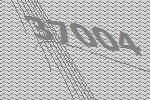
37004